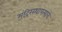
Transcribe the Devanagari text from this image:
मंदिरस्थापत्याचे